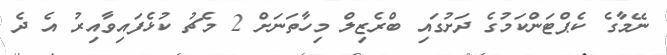
ނޭމާގެ ކެޕްޓަންކަމުގެ ދަށުގައި ބްރެޒިލް މިހާތަނަށް 2 މެޗު ކުޅެފައިވާއިރު އެ ދެ